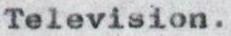
Television.